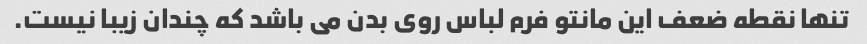
تنها نقطه ضعف این مانتو فرم لباس روی بدن می باشد که چندان زیبا نیست.